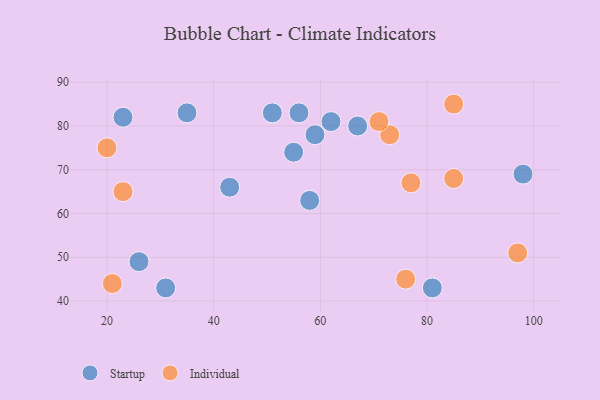
{"axis": {"x": "GDP", "y": "Life Expectancy"}, "legend": ["Individual", "Startup"], "data": [{"x": "35", "y": 83, "type": "Startup"}, {"x": "67", "y": 80, "type": "Startup"}, {"x": "62", "y": 81, "type": "Startup"}, {"x": "98", "y": 69, "type": "Startup"}, {"x": "58", "y": 63, "type": "Startup"}, {"x": "56", "y": 83, "type": "Startup"}, {"x": "55", "y": 74, "type": "Startup"}, {"x": "43", "y": 66, "type": "Startup"}, {"x": "81", "y": 43, "type": "Startup"}, {"x": "59", "y": 78, "type": "Startup"}, {"x": "26", "y": 49, "type": "Startup"}, {"x": "31", "y": 43, "type": "Startup"}, {"x": "51", "y": 83, "type": "Startup"}, {"x": "23", "y": 82, "type": "Startup"}, {"x": "85", "y": 68, "type": "Individual"}, {"x": "73", "y": 78, "type": "Individual"}, {"x": "21", "y": 44, "type": "Individual"}, {"x": "71", "y": 81, "type": "Individual"}, {"x": "77", "y": 67, "type": "Individual"}, {"x": "76", "y": 45, "type": "Individual"}, {"x": "23", "y": 65, "type": "Individual"}, {"x": "85", "y": 85, "type": "Individual"}, {"x": "97", "y": 51, "type": "Individual"}, {"x": "20", "y": 75, "type": "Individual"}]}